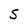
Character: S